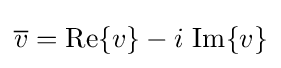
{\overline {v}}=\operatorname {Re} \{v\}-i\,\operatorname {Im} \{v\}